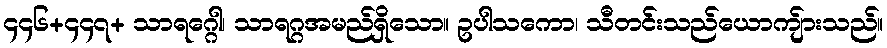
၄၄၆+၄၄၇+ သာရဂ္ဂေါ၊ သာရဂ္ဂအမည်ရှိသော။ ဥပါသကော၊ သီတင်းသည်ယောကျ်ားသည်။